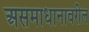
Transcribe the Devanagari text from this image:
असमाधानावरील